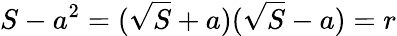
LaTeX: S-a^{2}=({\sqrt{S}}+a)({\sqrt{S}}-a)=r